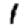
Digit: 1